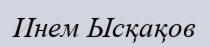
Инем Ысқақов